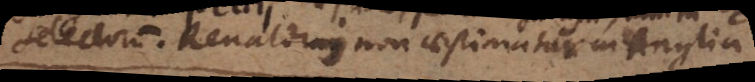
selectorum. Renaldinus non aestimatur in Anglia.